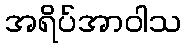
အရိပ်အာဝါသ